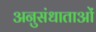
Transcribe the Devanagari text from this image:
अनुसंधाताओं